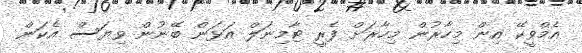
އެމްވީކޭ އިން މިހާރުން މިހާރަށް ފެރީ ޓާމިނަލް އަޅަން ބޭނުން ވިޔަސް އެކަން